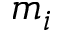
m _ { i }